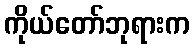
ကိုယ်တော်ဘုရားက